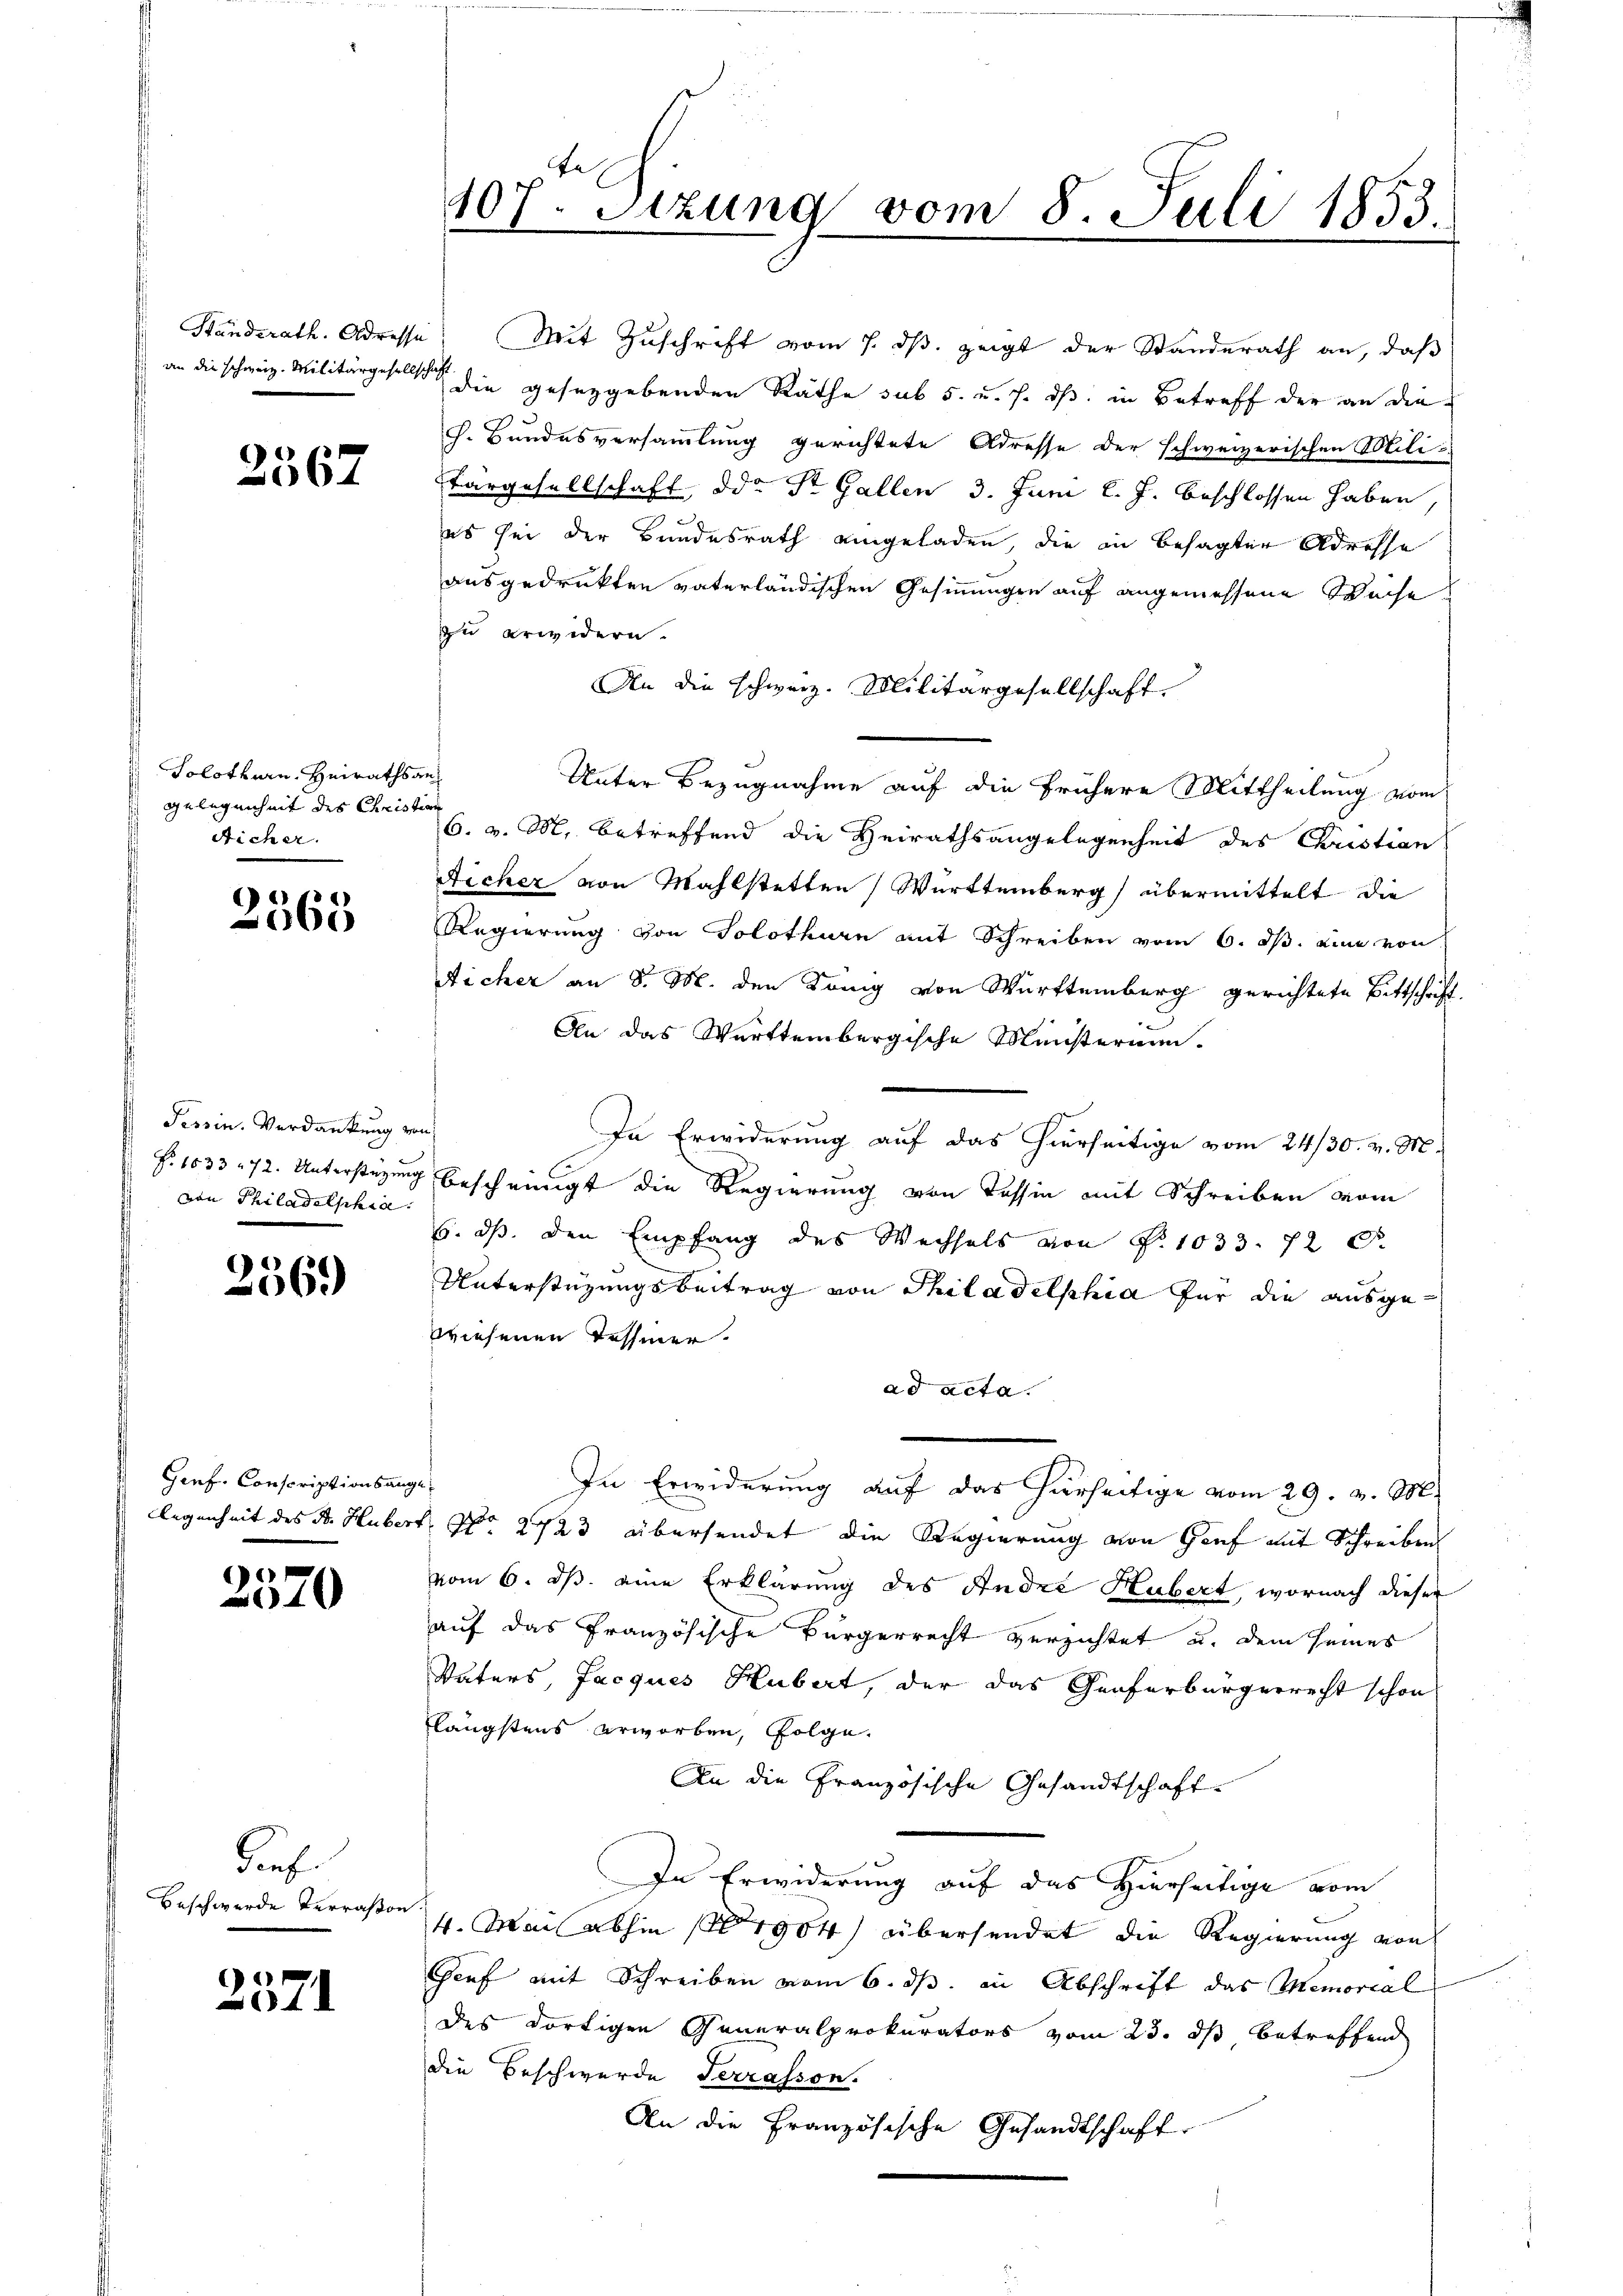
2567

Solothurn, Heirathsan¬
Gelegenheit des Christian
Richer.

6
065

Tessin. Verdankung von
von Philadelphia

256.)

Genf, Conscriptionsang
legenheit des Sr. Hubert

2570

ref
Beschwerde Terrason

2571

107. Sizung vom 8. Juli 1853.

Standerath. Adresse! Mit Zuschrift vom 7. ds. zeigt der Standerath an, daß
an die schweiz. Militärgeselle die gesetzgebenden Räthe sub 5. u. s. dß. in Betreff der an die
h. Bundesversammlung gerichtete Adresse der schweizerischen Mili¬
Tärgesellschaft od. St. Gallen 3. Juni l. J. beschlossen haben
es sei der Bundesrath eingeladen, die in besagter Adresse
ausgedrukten vaterländischen Gesinnungen auf angemessene Weise
zu erwidern.
An die schweiz. Militärgesellschaft.
Unter Bezugnahme auf die frühere Mittheilung vom
6. v. M. betreffend die Heirathsangelegenheit des Christian
Sicher von Mahlstetten Württemberg übermittelt die
Regierung von Solothurn mit Schreiben vom 6. ds. eine von
Aicher an d. M. den König von Württemberg gerichtete Bittschrift.
An das Württembergische Ministerium.
In Erwiderung auf das hierseitige vom 24/30. v. M.
f. 1033 172. Unterstüzung bescheinigt die Regierung von Tessin mit Schreiben vom
6. ds. den Empfang des Wechsels von N. 1033. 72 S.
Unterstüzungsbeitrag von Philadelphia für die ausgewiesenen Tessiner.
ad acta.
12 f.
In Erwiderung auf das hierseitige vom 29. v. M.
f No 2723 übersendet die Regierung von Genf mit Schreiben
vom 6. ds. eine Erklärung des Andre Hubert, wornach dieser
auf das Französische Bürgerrecht verzichtet u. dem seines
Vaters, Jacques Hubert, der das Graferbürgerrecht schon
längstens erworben, folge.
An die Französische Gesandtschaft
In Erwiderung auf das Hierseitige vom
4. Mai abhin (1904 übersendet die Regierung von
Genf mit Schreiben vom 6. ds. in Abschrift das Memorial
des dortigen Generalprokurators vom 23. ds betreffend
die Beschwerde Terrasson.
An die Französische Gesandtschaft